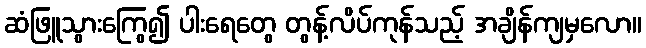
ဆံဖြူသွားကြွေ၍ ပါးရေတွေ တွန့်လိပ်ကုန်သည့် အချိန်ကျမှလော။